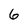
Character: 6